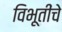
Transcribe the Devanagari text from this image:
विभूतींचे